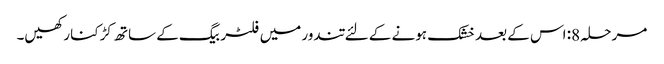
مرحلہ 8: اس کے بعد خشک ہونے کے لئے تندور میں فلٹر بیگ کے ساتھ کڑکنا رکھیں۔